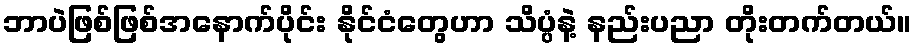
ဘာပဲဖြစ်ဖြစ်အနောက်ပိုင်း နိုင်ငံတွေဟာ သိပ္ပံနဲ့ နည်းပညာ တိုးတက်တယ်။